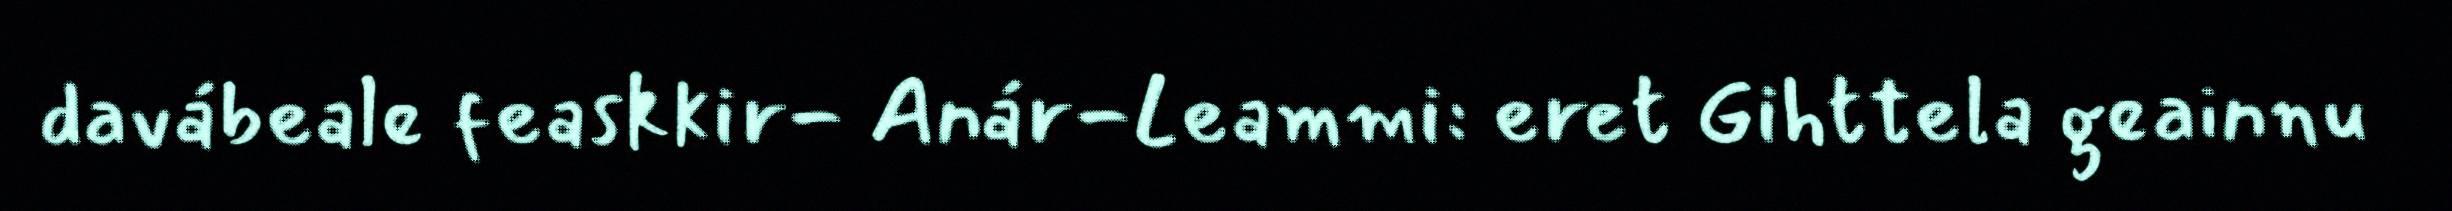
davábeale feaskkir- Anár-Leammi: eret Gihttela geainnu